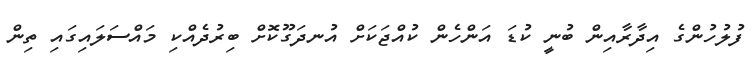
ފުލުހުންގެ އިދާރާއިން ބުނީ ކުޑަ އަންހެން ކުއްޖަކަށް އުނދަގޫކޮށް ބިރުދެއްކި މައްސަލައިގައި ތިން